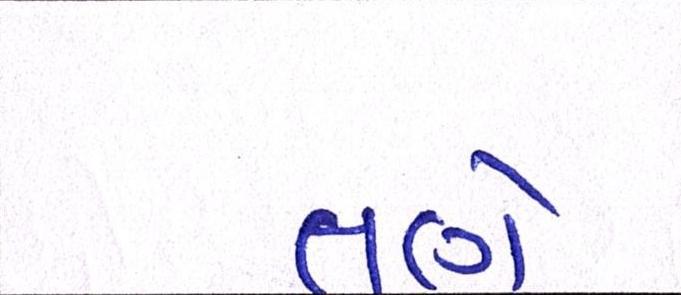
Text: તણે